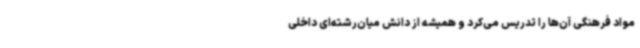
مواد فرهنگی آن‌ها را تدریس می‌کرد و همیشه از دانش میان‌رشته‌ای داخلی